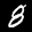
Label: 8